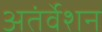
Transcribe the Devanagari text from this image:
अतंर्वेशन